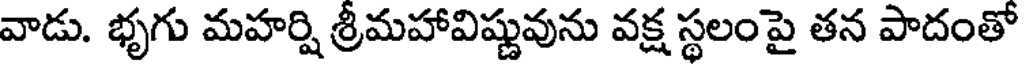
వాడు. భృగు మహర్షి శ్రీమహావిష్ణువును వక్ష స్థలంపై తన పాదంతో